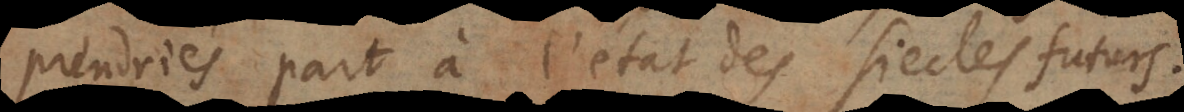
prendriés part à l’état des siecles futurs.